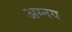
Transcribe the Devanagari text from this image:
अग्नय